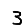
Digit: 3